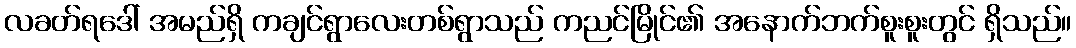
လခတ်ရဒေါ် အမည်ရှိ ကချင်ရွာလေးတစ်ရွာသည် ကညင်မြိုင်၏ အနောက်ဘက်စူးစူးတွင် ရှိသည်။